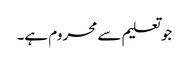
جو تعلیم سے محروم ہے۔